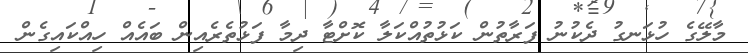
މާލޭގެ ހުޅަނގު ދެކުނު ފަރާތުން ކަޅުތުއްކަލާ ކޮށްޓާ ދިމާ ފަޅުތެރެއިން ބައެއް ހިއްކައިގެން